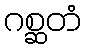
ဂစ္ဆတံ